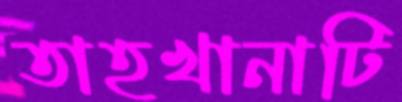
তাহখানাটি